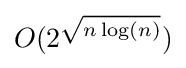
O(2^{\sqrt {n\log(n)}})